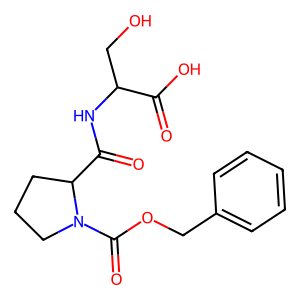
SMILES: O=C(O)C(CO)NC(=O)C1CCCN1C(=O)OCc1ccccc1
Inhibits HIV replication: No